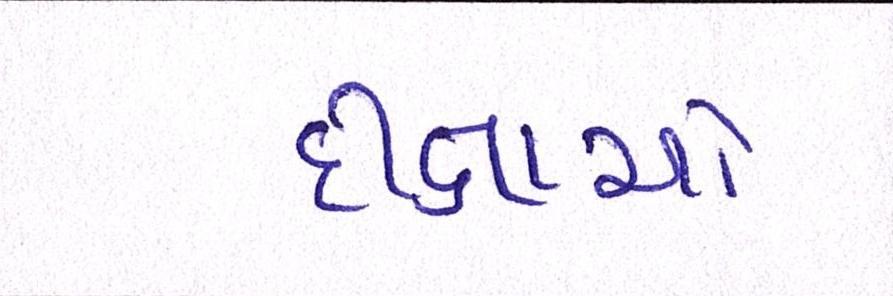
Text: દીક્ષાઓ